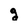
Character: q